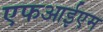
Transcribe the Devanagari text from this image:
एफआईएम